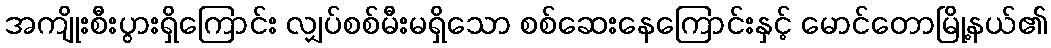
အကျိုးစီးပွားရှိကြောင်း လျှပ်စစ်မီးမရှိသော စစ်ဆေးနေကြောင်းနှင့် မောင်တောမြို့နယ်၏